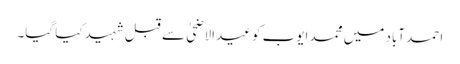
احمد آباد میں محمد ایوب کو عیدالاضحیٰ سے قبل شہید کیا گیا۔